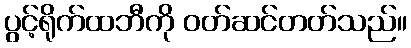
ပွင့်ရိုက်ထဘီကို ဝတ်ဆင်တတ်သည်။